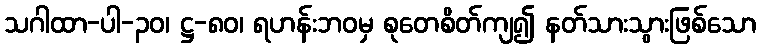
သဂါထာ-ပါ-၃၀၊ ဋ္ဌ-၈၀၊ ရဟန်းဘဝမှ စုတေစိတ်ကျ၍ နတ်သားသွားဖြစ်သော